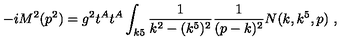
- i M ^ { 2 } ( p ^ { 2 } ) = g ^ { 2 } t ^ { A } t ^ { A } \int _ { k 5 } { \frac { 1 } { k ^ { 2 } - ( k ^ { 5 } ) ^ { 2 } } } { \frac { 1 } { ( p - k ) ^ { 2 } } } N ( k , k ^ { 5 } , p ) \ ,